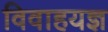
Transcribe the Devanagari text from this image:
विवाहयज्ञ